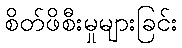
စိတ်ဖိစီးမှုများခြင်း